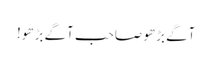
آگے بڑھو صاحب آگے بڑھو!